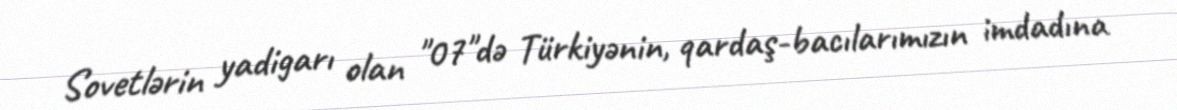
Sovetlərin yadigarı olan "07"də Türkiyənin, qardaş-bacılarımızın imdadına